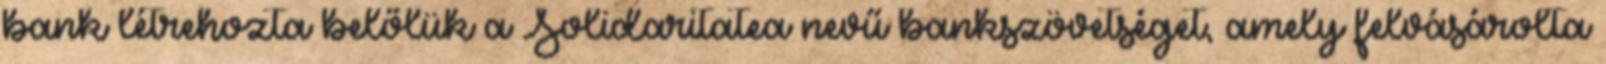
bank létrehozta belőlük a Solidaritatea nevű bankszövetséget, amely felvásárolta